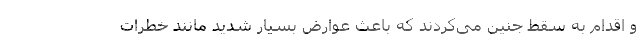
و اقدام به سقط جنین می‌‌کردند که باعث عوارض بسیار شدید مانند خطرات